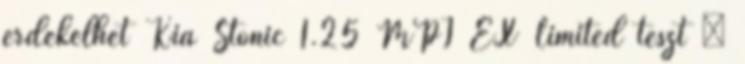
érdekelhet Kia Stonic 1.25 MPI EX Limited teszt –